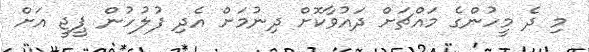
މި ދެ މީހުންގެ މައްޗަށް ދައުވާކޮށް ދިނުމަށް އެދި ފުލުހުން ޕީޖީ އަށް